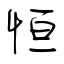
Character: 恒